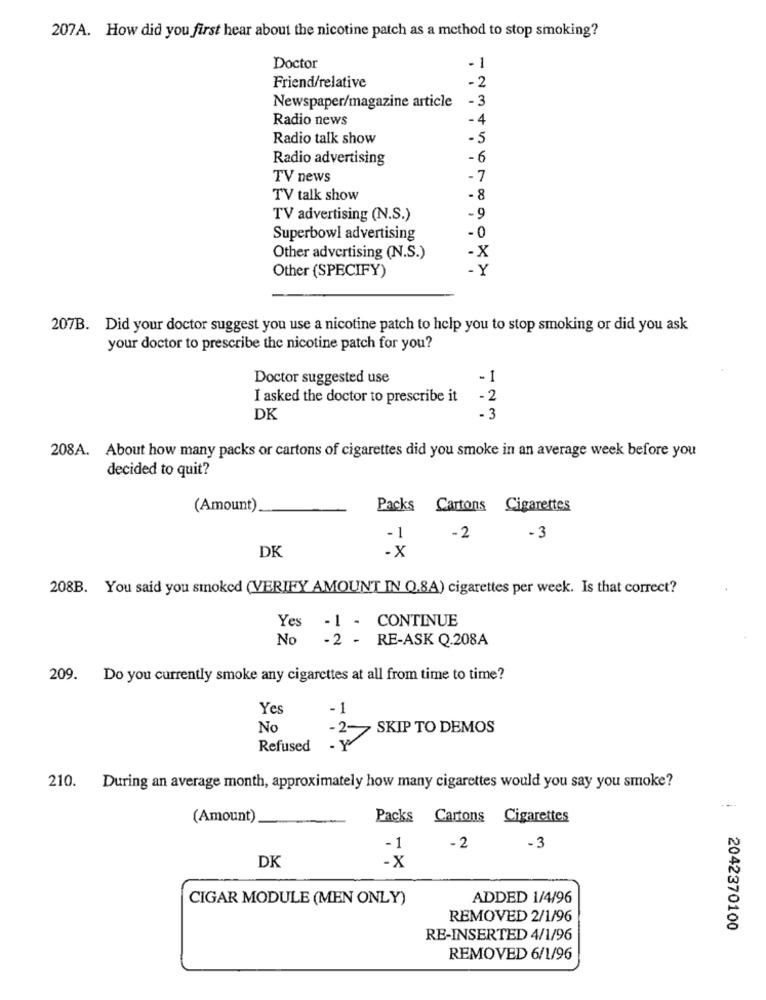
207A. How did you first hear about the nicotine patch as a method to stop smoking?
Doctor
- 1
Friend/relative
-2
-3
Newspaper/magazine article
Radio news
-4
Radio talk show
-5
Radio advertising
-6
TV news
-7
TV talk show
-8
TV advertising (N.S.)
-9
-0
Superbowl advertising
-X
Other advertising (N.S.)
. Y
Other (SPECIFY)
207B. Did your doctor suggest you use a nicotine patch to help you to stop smoking or did you ask
your doctor to prescribe the nicotine patch for you?
Doctor suggested use
-1
I asked the doctor to prescribe it
-2
DK
- 3
208A. About how many packs or cartons of cigarettes did you smoke in an average week before you
decided to quit?
(Amount)
Packs Cartons Cigarettes
-1
-2
-3
DK
-x
208B. You said you smoked (VERIFY AMOUNT IN Q.8A) cigarettes per week. Is that correct?
Yes -1 - CONTINUE
No
-2 - RE-ASK Q.208A
209. Do you currently smoke any cigarettes at all from time to time?
Ye
-1
No
-2-
SKIP TO DEMOS
Refused - Y
210. During an average month, approximately how many cigarettes would you say you smoke?
(Amount)
Packs
Cartons Cigarettes
-1
-2
-3
-X
DK
CIGAR MODULE (MEN ONLY)
ADDED 1/4/96
REMOVED 2/1/96
2042370100
RE-INSERTED 4/1/96
REMOVED 6/1/96